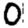
Digit: 0